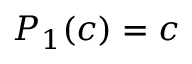
P _ { 1 } ( c ) = c